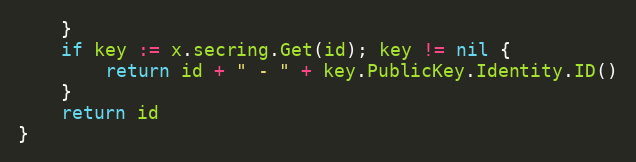
Language: Go
	}
	if key := x.secring.Get(id); key != nil {
		return id + " - " + key.PublicKey.Identity.ID()
	}
	return id
}